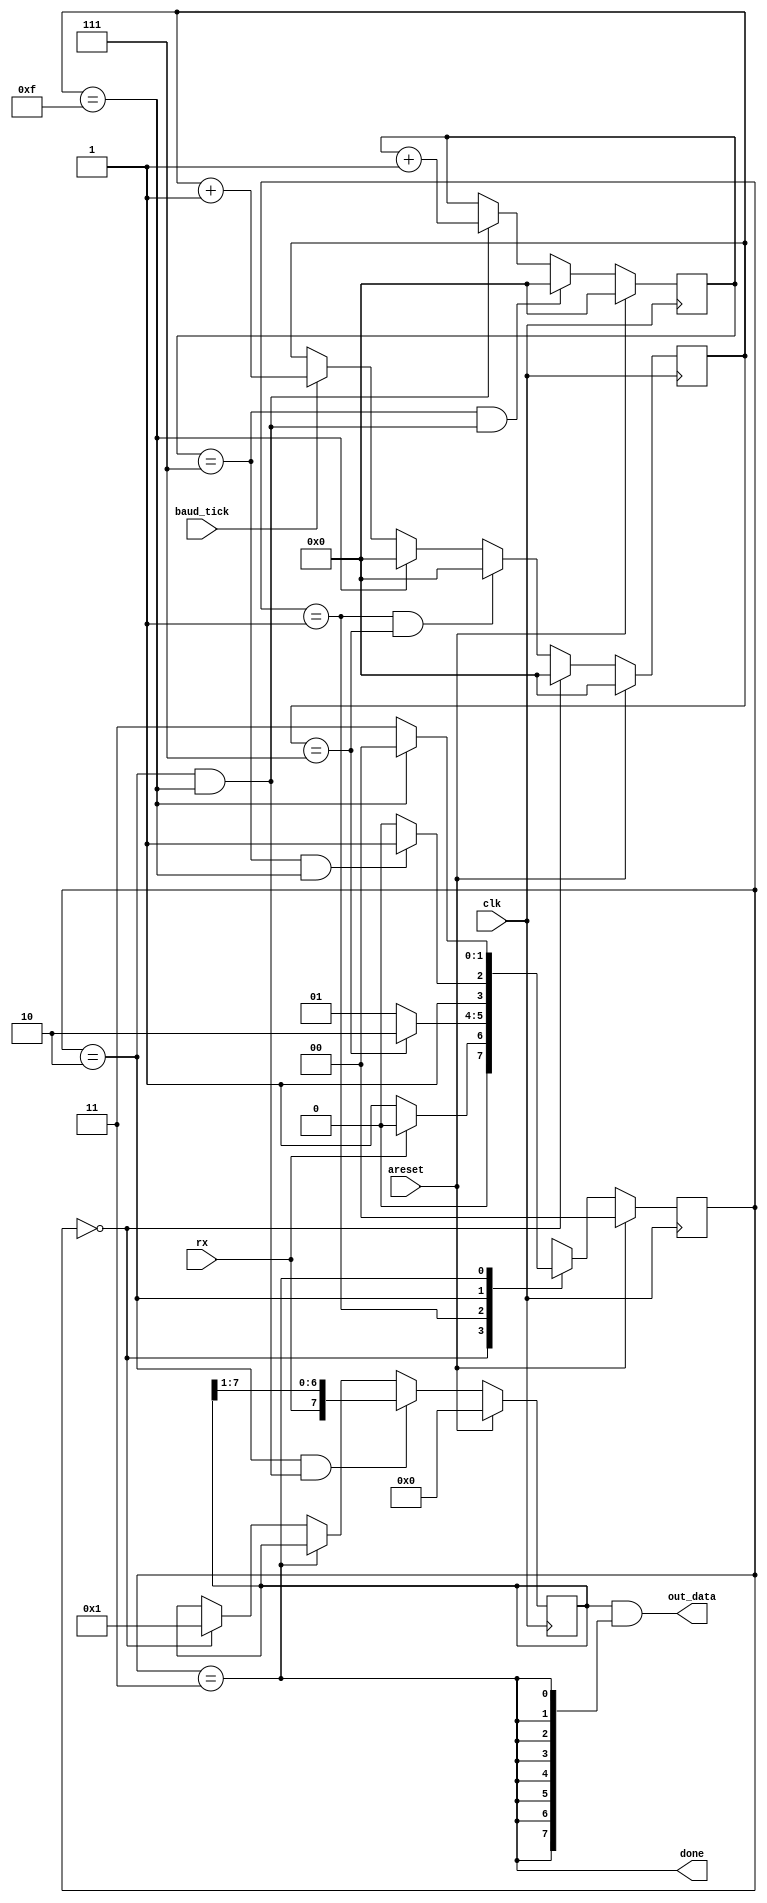
module uart_rx(
  input clk,
  input areset,
  input baud_tick,
  input rx,
  output [7:0] out_data,
  output reg done
);
  parameter	IDLE	= 2'b00,
  			START	= 2'b01,
  			DATA	= 2'b10,
  			STOP	= 2'b11;
  reg [1:0] state,nstate;
  reg r;
  reg [7:0] data;
  reg [3:0] baud_tick_counter;
  reg [3:0] data_bits_counter;
  wire baud_tick_counter_w;   
  wire a;
//---------------------------------------------------------------------------------------------  
  always @(posedge clk)
    begin
      if (areset)
        state <= IDLE;
      else
        state <= nstate;
    end
  
  always @(*)
    begin
      case(state)
        IDLE	:	begin
          			nstate = ~rx ? START : IDLE;
          			
        			end
        START	:	begin
          			nstate = (baud_tick_counter == 4'd7 ) ? DATA : START;
        			end
        DATA	:	begin
          			nstate = (data_bits_counter == 4'd7 & baud_tick_counter == 4'd15) ? STOP : DATA;
        			end
        STOP	:	begin
          			nstate = (baud_tick_counter == 4'd15 ) ? IDLE : STOP;
        			end
        default	:	begin
          			nstate = IDLE;
        			end
      endcase
    end
  
  always @(posedge clk)
    begin
      if (areset) begin
        baud_tick_counter <= 4'd0;
      end
      else if (state == IDLE)
        baud_tick_counter <= 4'd0;
      else if (state == START & baud_tick_counter == 4'd7) 
        baud_tick_counter <= 4'd0;
      else if (baud_tick_counter == 4'd15)
        baud_tick_counter <= 4'd0;
      else if (baud_tick ) begin
        baud_tick_counter <= baud_tick_counter + 4'd1;
   
      end
      else
        baud_tick_counter <= baud_tick_counter;
    end
  
        
 
  always @(posedge clk)
    begin
      if (areset)
        data <= 8'd0;
      else if (state == DATA & a)
        data <= {rx,data[7:1]};
      else if (state == STOP)
        data <= data;
      else if (state == IDLE)
        data <= 8'd1;
      else 
        data <= data;
    end
  
  always @(posedge clk)
    begin
      if (areset)
        data_bits_counter = 4'd0;
      else if (data_bits_counter == 4'd7 & a)
        data_bits_counter  = 4'd0;
      else if ((state == DATA) & baud_tick_counter_w)
        data_bits_counter = data_bits_counter + 'd1;
      else
        data_bits_counter = data_bits_counter;
    end 
  
//---------------------------------------------------------------------------------------------
  
  assign  a = (state == DATA & baud_tick_counter_w);
  assign baud_tick_counter_w = (baud_tick_counter == 4'd15);
  assign done = (state == STOP);
  assign out_data = (data & {8{(state == STOP)}});
  
        
endmodule